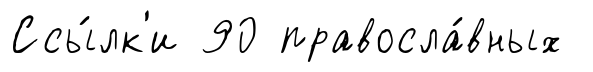
Ссы́лк'и 90 правосла́вных